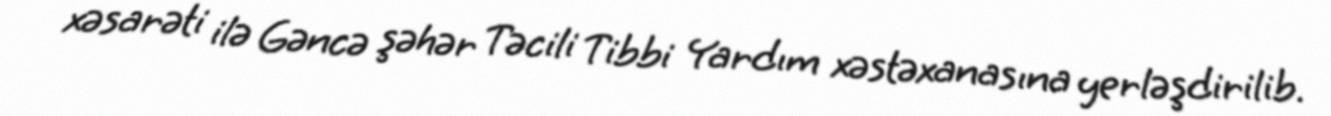
xəsarəti ilə Gəncə şəhər Təcili Tibbi Yardım xəstəxanasına yerləşdirilib.